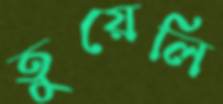
তুয়েলি